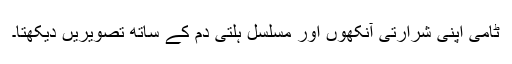
ٹامی اپنی شرارتی آنکھوں اور مسلسل ہلتی دم کے ساتھ تصویریں دیکھتا۔